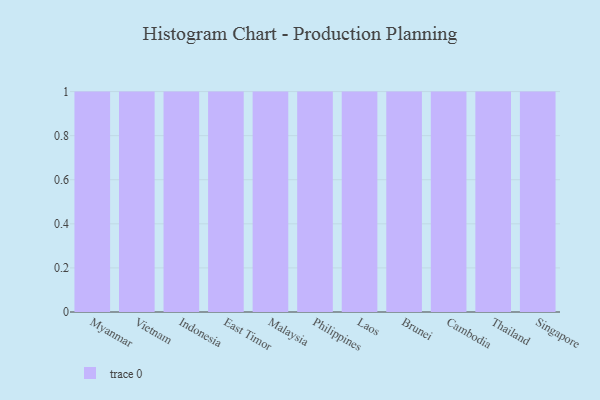
{"axis": {"x": "Country", "y": "Operating Costs (USD K)"}, "legend": [""], "data": [{"x": "Myanmar", "y": 1, "type": ""}, {"x": "Vietnam", "y": 51, "type": ""}, {"x": "Indonesia", "y": 58, "type": ""}, {"x": "East Timor", "y": 100, "type": ""}, {"x": "Malaysia", "y": 35, "type": ""}, {"x": "Philippines", "y": 40, "type": ""}, {"x": "Laos", "y": 25, "type": ""}, {"x": "Brunei", "y": 32, "type": ""}, {"x": "Cambodia", "y": 48, "type": ""}, {"x": "Thailand", "y": 9, "type": ""}, {"x": "Singapore", "y": 72, "type": ""}]}